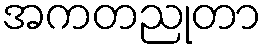
အကတညုတာ